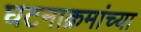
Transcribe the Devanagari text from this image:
घटनाक्रमांच्या